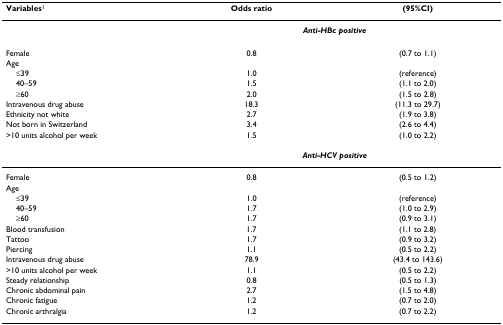
<table><thead><tr><td><b>Variables<sup>1</sup></b></td><td><b>Odds ratio</b></td><td><b>(95%CI)</b></td></tr></thead><tbody><tr><td></td><td colspan="2"><b><i>Anti-HBc positive</i></b></td></tr><tr><td>Female</td><td>0.8</td><td>(0.7 to 1.1)</td></tr><tr><td>Age</td><td></td><td></td></tr><tr><td> ≤39</td><td>1.0</td><td>(reference)</td></tr><tr><td> 40–59</td><td>1.5</td><td>(1.1 to 2.0)</td></tr><tr><td> ≥60</td><td>2.0</td><td>(1.5 to 2.8)</td></tr><tr><td>Intravenous drug abuse</td><td>18.3</td><td>(11.3 to 29.7)</td></tr><tr><td>Ethnicity not white</td><td>2.7</td><td>(1.9 to 3.8)</td></tr><tr><td>Not born in Switzerland</td><td>3.4</td><td>(2.6 to 4.4)</td></tr><tr><td>&gt;10 units alcohol per week</td><td>1.5</td><td>(1.0 to 2.2)</td></tr><tr><td></td><td colspan="2"><b><i>Anti-HCV positive</i></b></td></tr><tr><td>Female</td><td>0.8</td><td>(0.5 to 1.2)</td></tr><tr><td>Age</td><td></td><td></td></tr><tr><td> ≤39</td><td>1.0</td><td>(reference)</td></tr><tr><td> 40–59</td><td>1.7</td><td>(1.0 to 2.9)</td></tr><tr><td> ≥60</td><td>1.7</td><td>(0.9 to 3.1)</td></tr><tr><td>Blood transfusion</td><td>1.7</td><td>(1.1 to 2.8)</td></tr><tr><td>Tattoo</td><td>1.7</td><td>(0.9 to 3.2)</td></tr><tr><td>Piercing</td><td>1.1</td><td>(0.5 to 2.2)</td></tr><tr><td>Intravenous drug abuse</td><td>78.9</td><td>(43.4 to 143.6)</td></tr><tr><td>&gt;10 units alcohol per week</td><td>1.1</td><td>(0.5 to 2.2)</td></tr><tr><td>Steady relationship</td><td>0.8</td><td>(0.5 to 1.3)</td></tr><tr><td>Chronic abdominal pain</td><td>2.7</td><td>(1.5 to 4.8)</td></tr><tr><td>Chronic fatigue</td><td>1.2</td><td>(0.7 to 2.0)</td></tr><tr><td>Chronic arthralgia</td><td>1.2</td><td>(0.7 to 2.2)</td></tr></tbody></table>